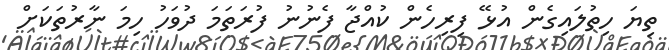
ތިޔަ ހިތުލައިގެން އުޅޭ ފިރިހެން ކުއްޖާ ފެނުނު ފުރަތަމަ ދުވަހު ހިމަ ނާރުތަކަށް